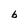
Character: b